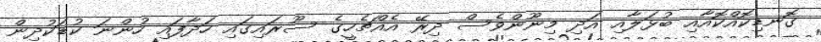
ގޮނޑިކޮއްކޮއާއި ބުޅަލާއި އަދި މިނޫންވެސް ދިރޭ އެއްޗެހީގެ ސޫރައިގައި ހަދާފައި ހުންނަ ކުޑަކުދިން